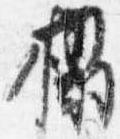
榻